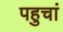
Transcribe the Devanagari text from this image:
पहुचां